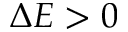
\Delta E > 0